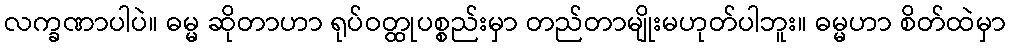
လက္ခဏာပါပဲ။ ဓမ္မ ဆိုတာဟာ ရုပ်ဝတ္ထုပစ္စည်းမှာ တည်တာမျိုးမဟုတ်ပါဘူး။ ဓမ္မဟာ စိတ်ထဲမှာ